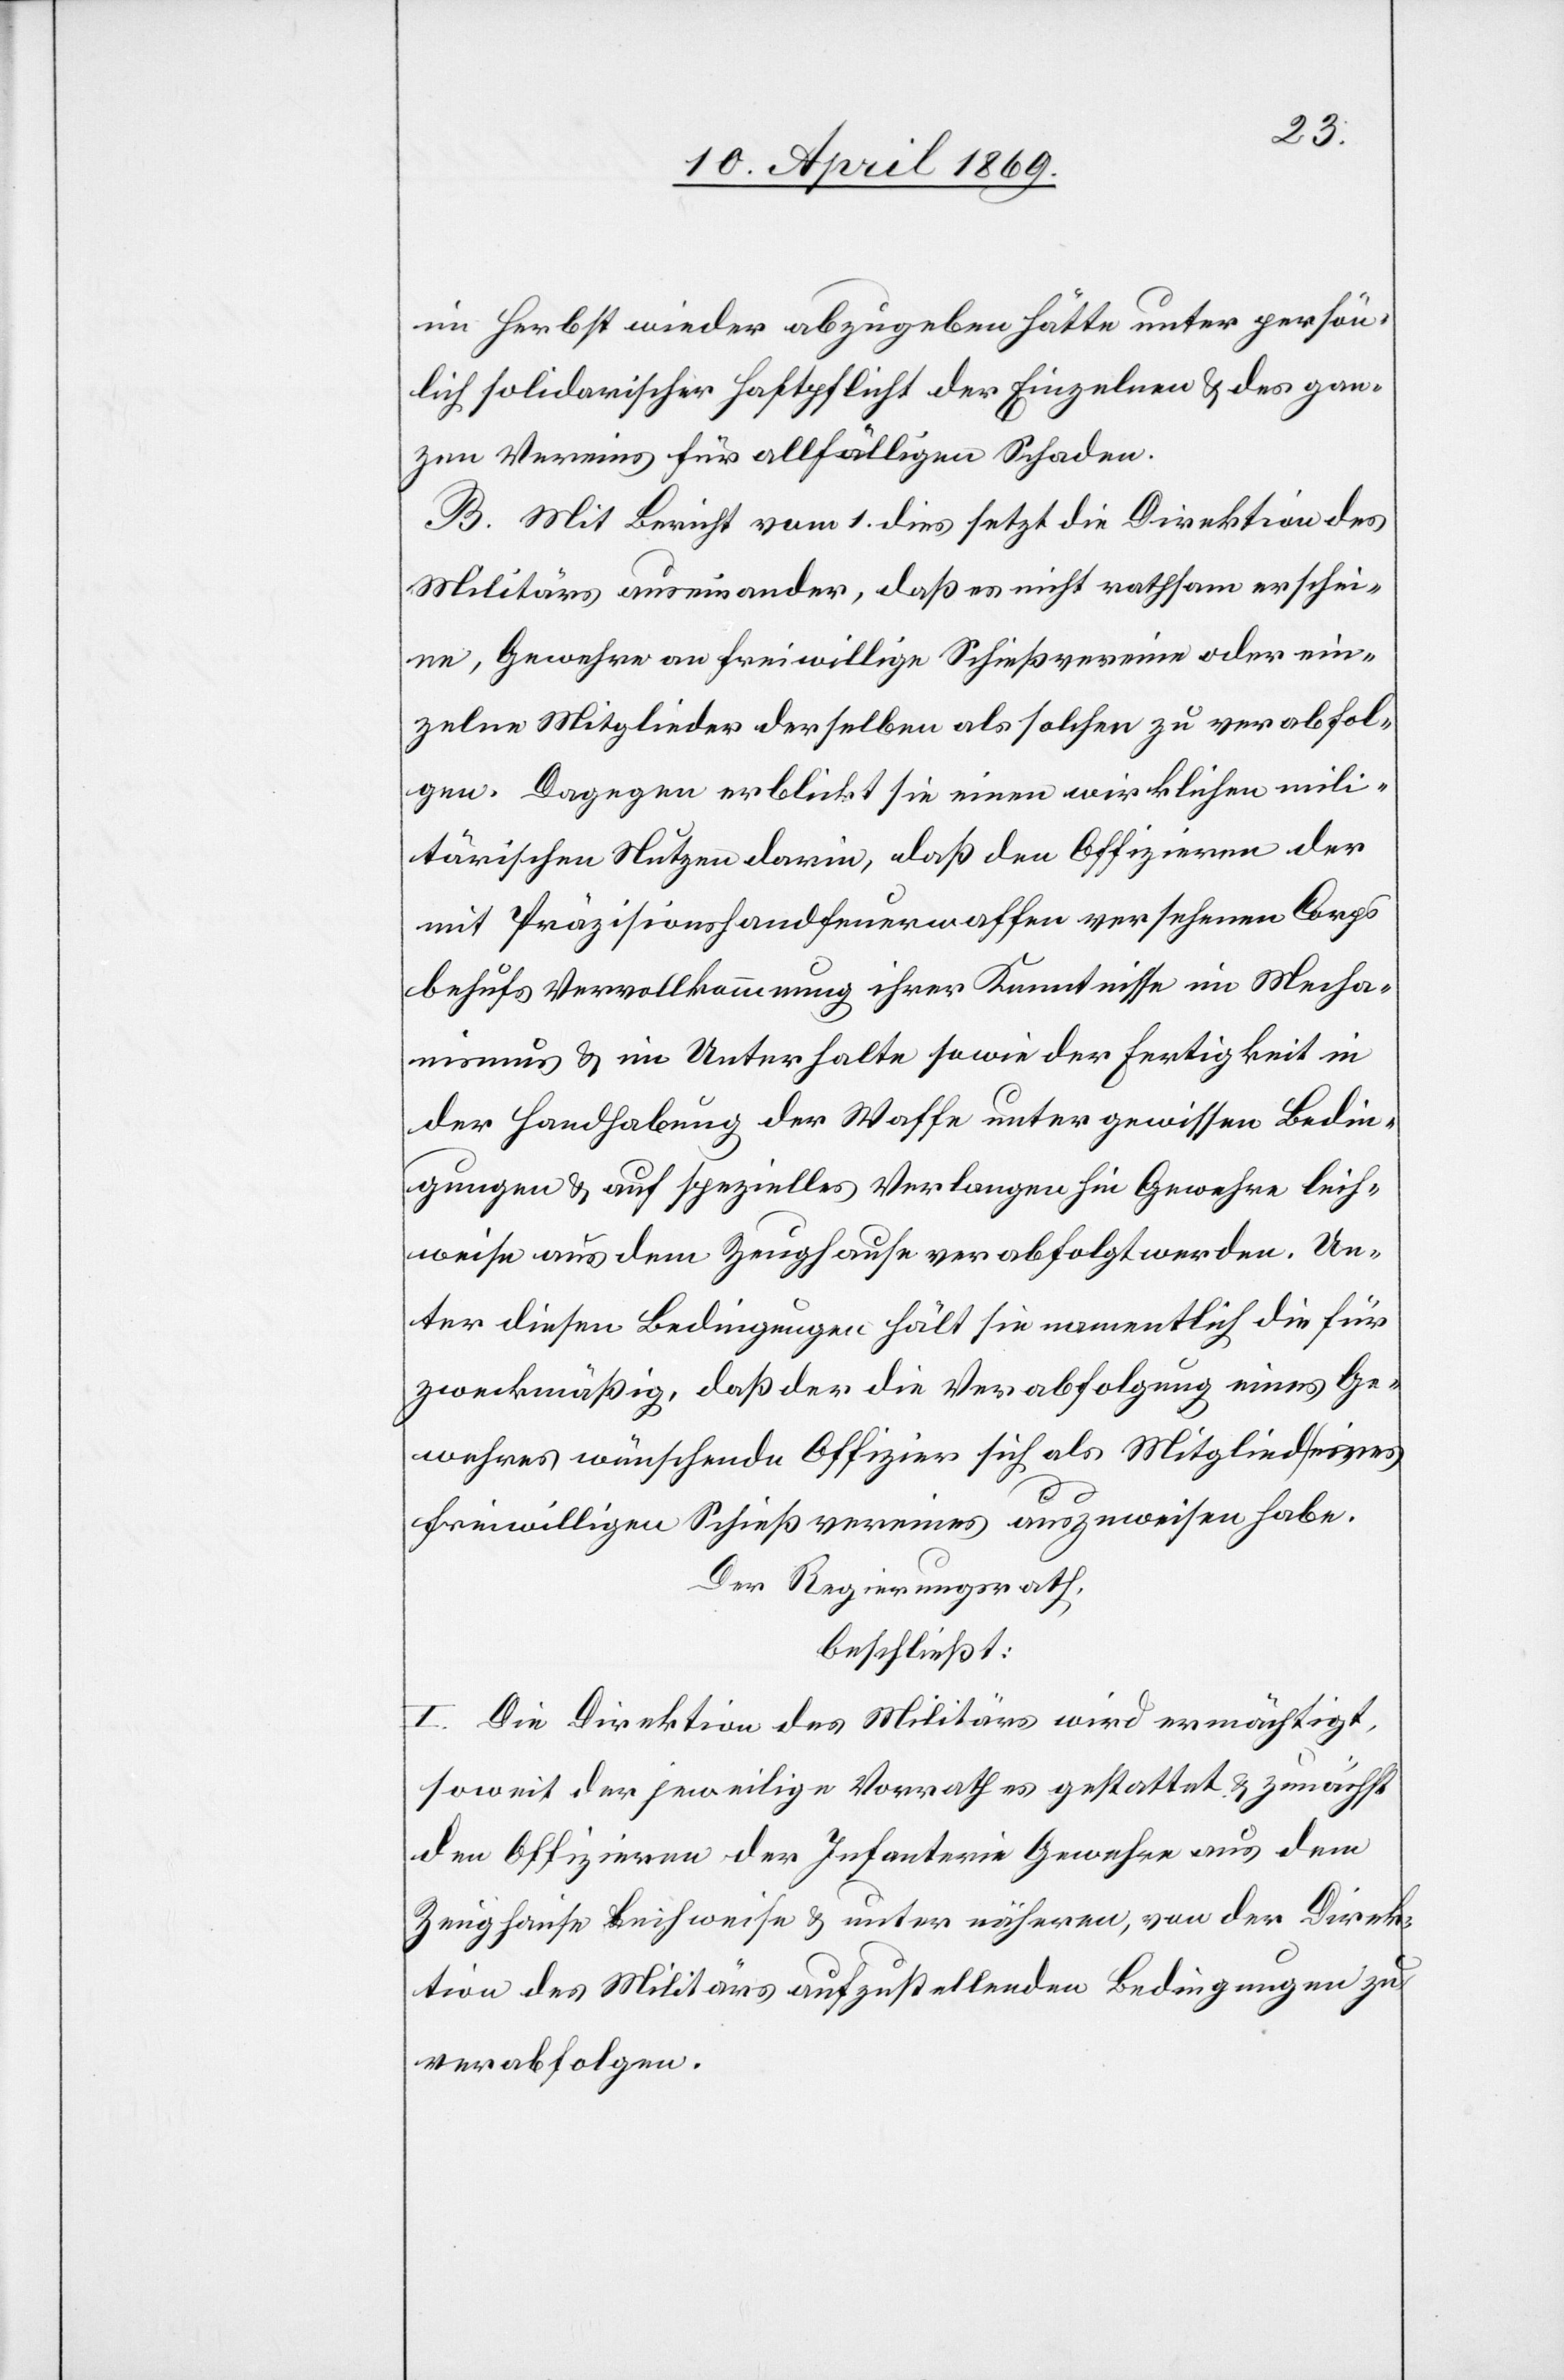
im Herbst wieder abzugeben hätte unter persön¬
lich solidarischer Haftpflicht der Einzelnen u. des gan¬
zen Vereines für allfälligen Schaden.
B. Mit Bericht vom 1. dies setzt die Direktion des
Militärs auseinander, daß es nicht rathsam erschie¬
ne, Gewehre an freiwillige Schießvereine oder ein¬
zelne Mitglieder derselben als solchen zu verabfol¬
gen. Dagegen erblickt sie einen wirklichen mili¬
tärischen Nutzen darin, daß den Offizieren der
mit Präzisionshandfeuerwaffen versehenen Corps
behufs Vervollkommnung ihrer Kenntnisse im Mecha¬
nismus u. im Unterhalte sowie der Fertigkeit in
der Handhabung der Waffe unter gewissen Bedin¬
gungen u. auf spezielles Verlangen hin Gewehre leih¬
weise aus dem Zeughause verabfolgt werden. Un¬
ter diesen Bedingungen hält sie namentlich die für
zweckmäßig, daß der die Verabfolgung eines Ge¬
wehres wünschende Offizier sich als Mitglied eines
freiwilligen Schießvereines auszuweisen habe.
Der Regierungsrath,
beschließt:
I. Die Direktion des Militärs wird ermächtigt,
soweit der jeweilige Vorrath es gestattet u. zunächst
den Offizieren der Infanterie Gewehre aus dem
Zeughause leihweise u. unter nähern, von der Direk¬
tion des Militärs aufzustellenden Bedingungen zu
verabfolgen.